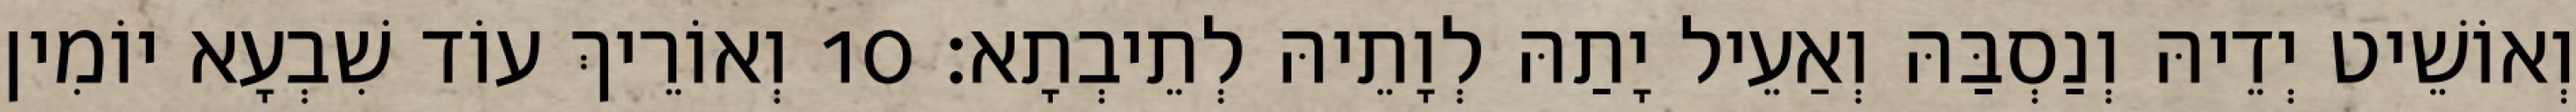
וְאוֹשֵׁיט יְדֵיהּ וְנַסְבַּהּ וְאַעֵיל יָתַהּ לְוָתֵיהּ לְתֵיבְתָא׃ 10 וְאוֹרֵיךְ עוֹד שִׁבְעָא יוֹמִין